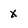
Character: x